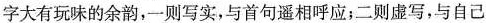
字大有玩味的余韵，一则写实，与首句遥相呼应；二则虚写，与自己